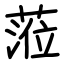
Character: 蒞